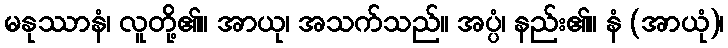
မနုဿာနံ၊ လူတို့၏။ အာယု၊ အသက်သည်။ အပ္ပံ၊ နည်း၏။ နံ (အာယုံ)၊